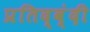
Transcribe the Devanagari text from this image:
प्रतिद्व्ंदी